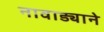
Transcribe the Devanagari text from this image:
नावाड्याने